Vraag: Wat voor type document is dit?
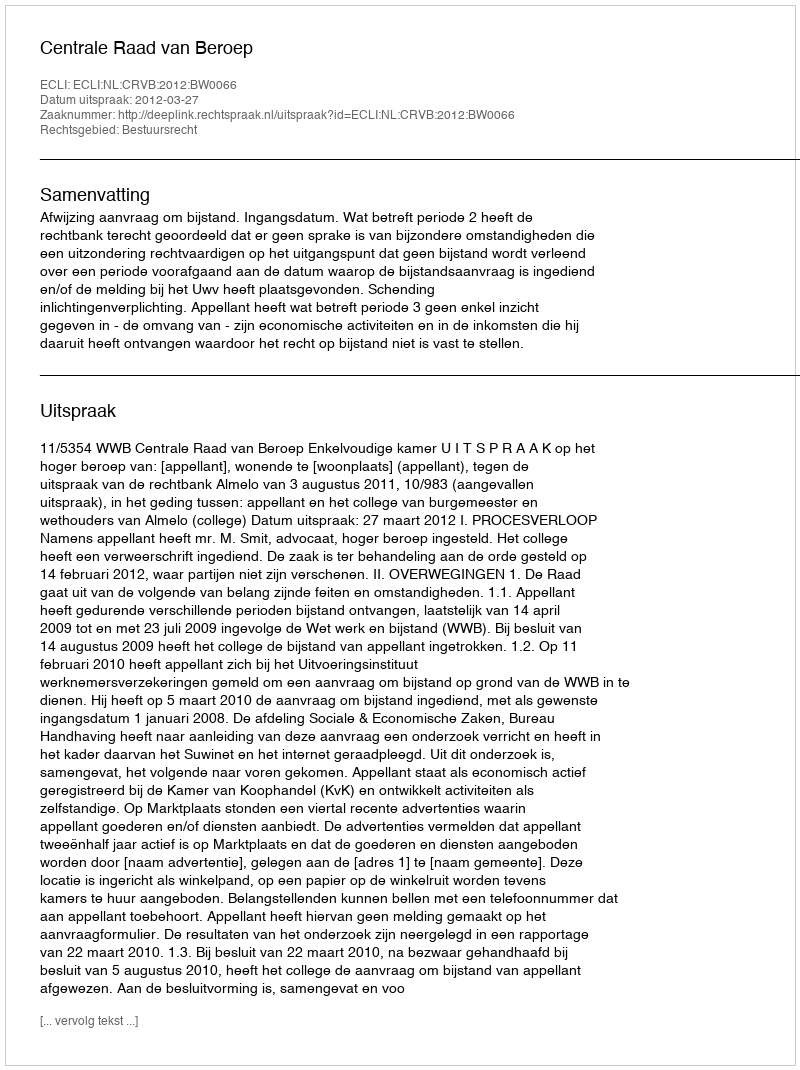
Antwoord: Uitspraak